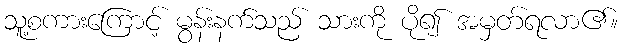
သူ့စကားကြောင့် မွန်းနက်သည် သားကို ပို၍ အမှတ်ရလာ၏။